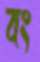
বং